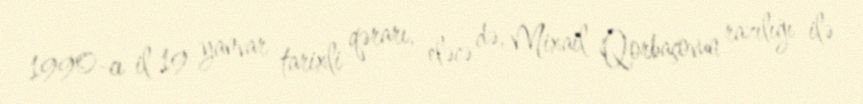
1990-cı il 19 yanvar tarixli qərarı, eləcə də, Mixail Qorbaçovun razılığı ilə